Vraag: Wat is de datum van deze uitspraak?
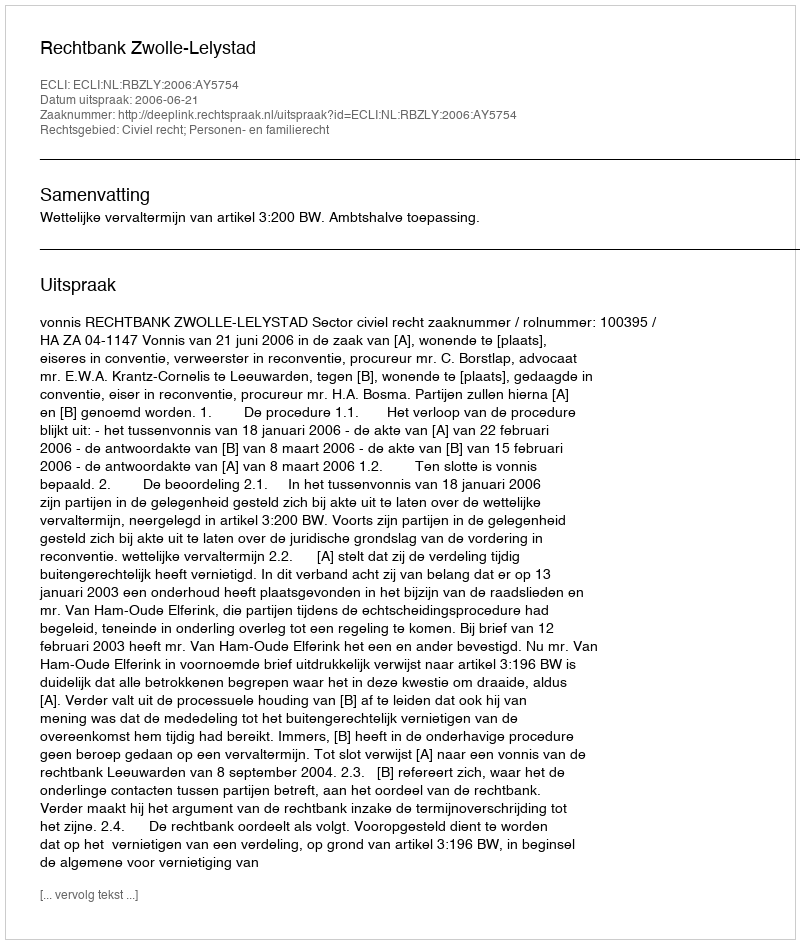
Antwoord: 2006-06-21